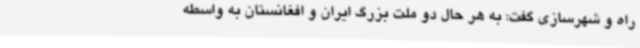
راه و شهرسازی گفت: به هر حال دو ملت بزرگ ایران و افغانستان به واسطه